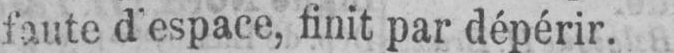
faute d’espace, finit par dépérir.